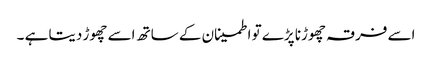
اسے فرقہ چھوڑنا پڑے تو اطمینان کے ساتھ اسے چھوڑ دیتا ہے ۔